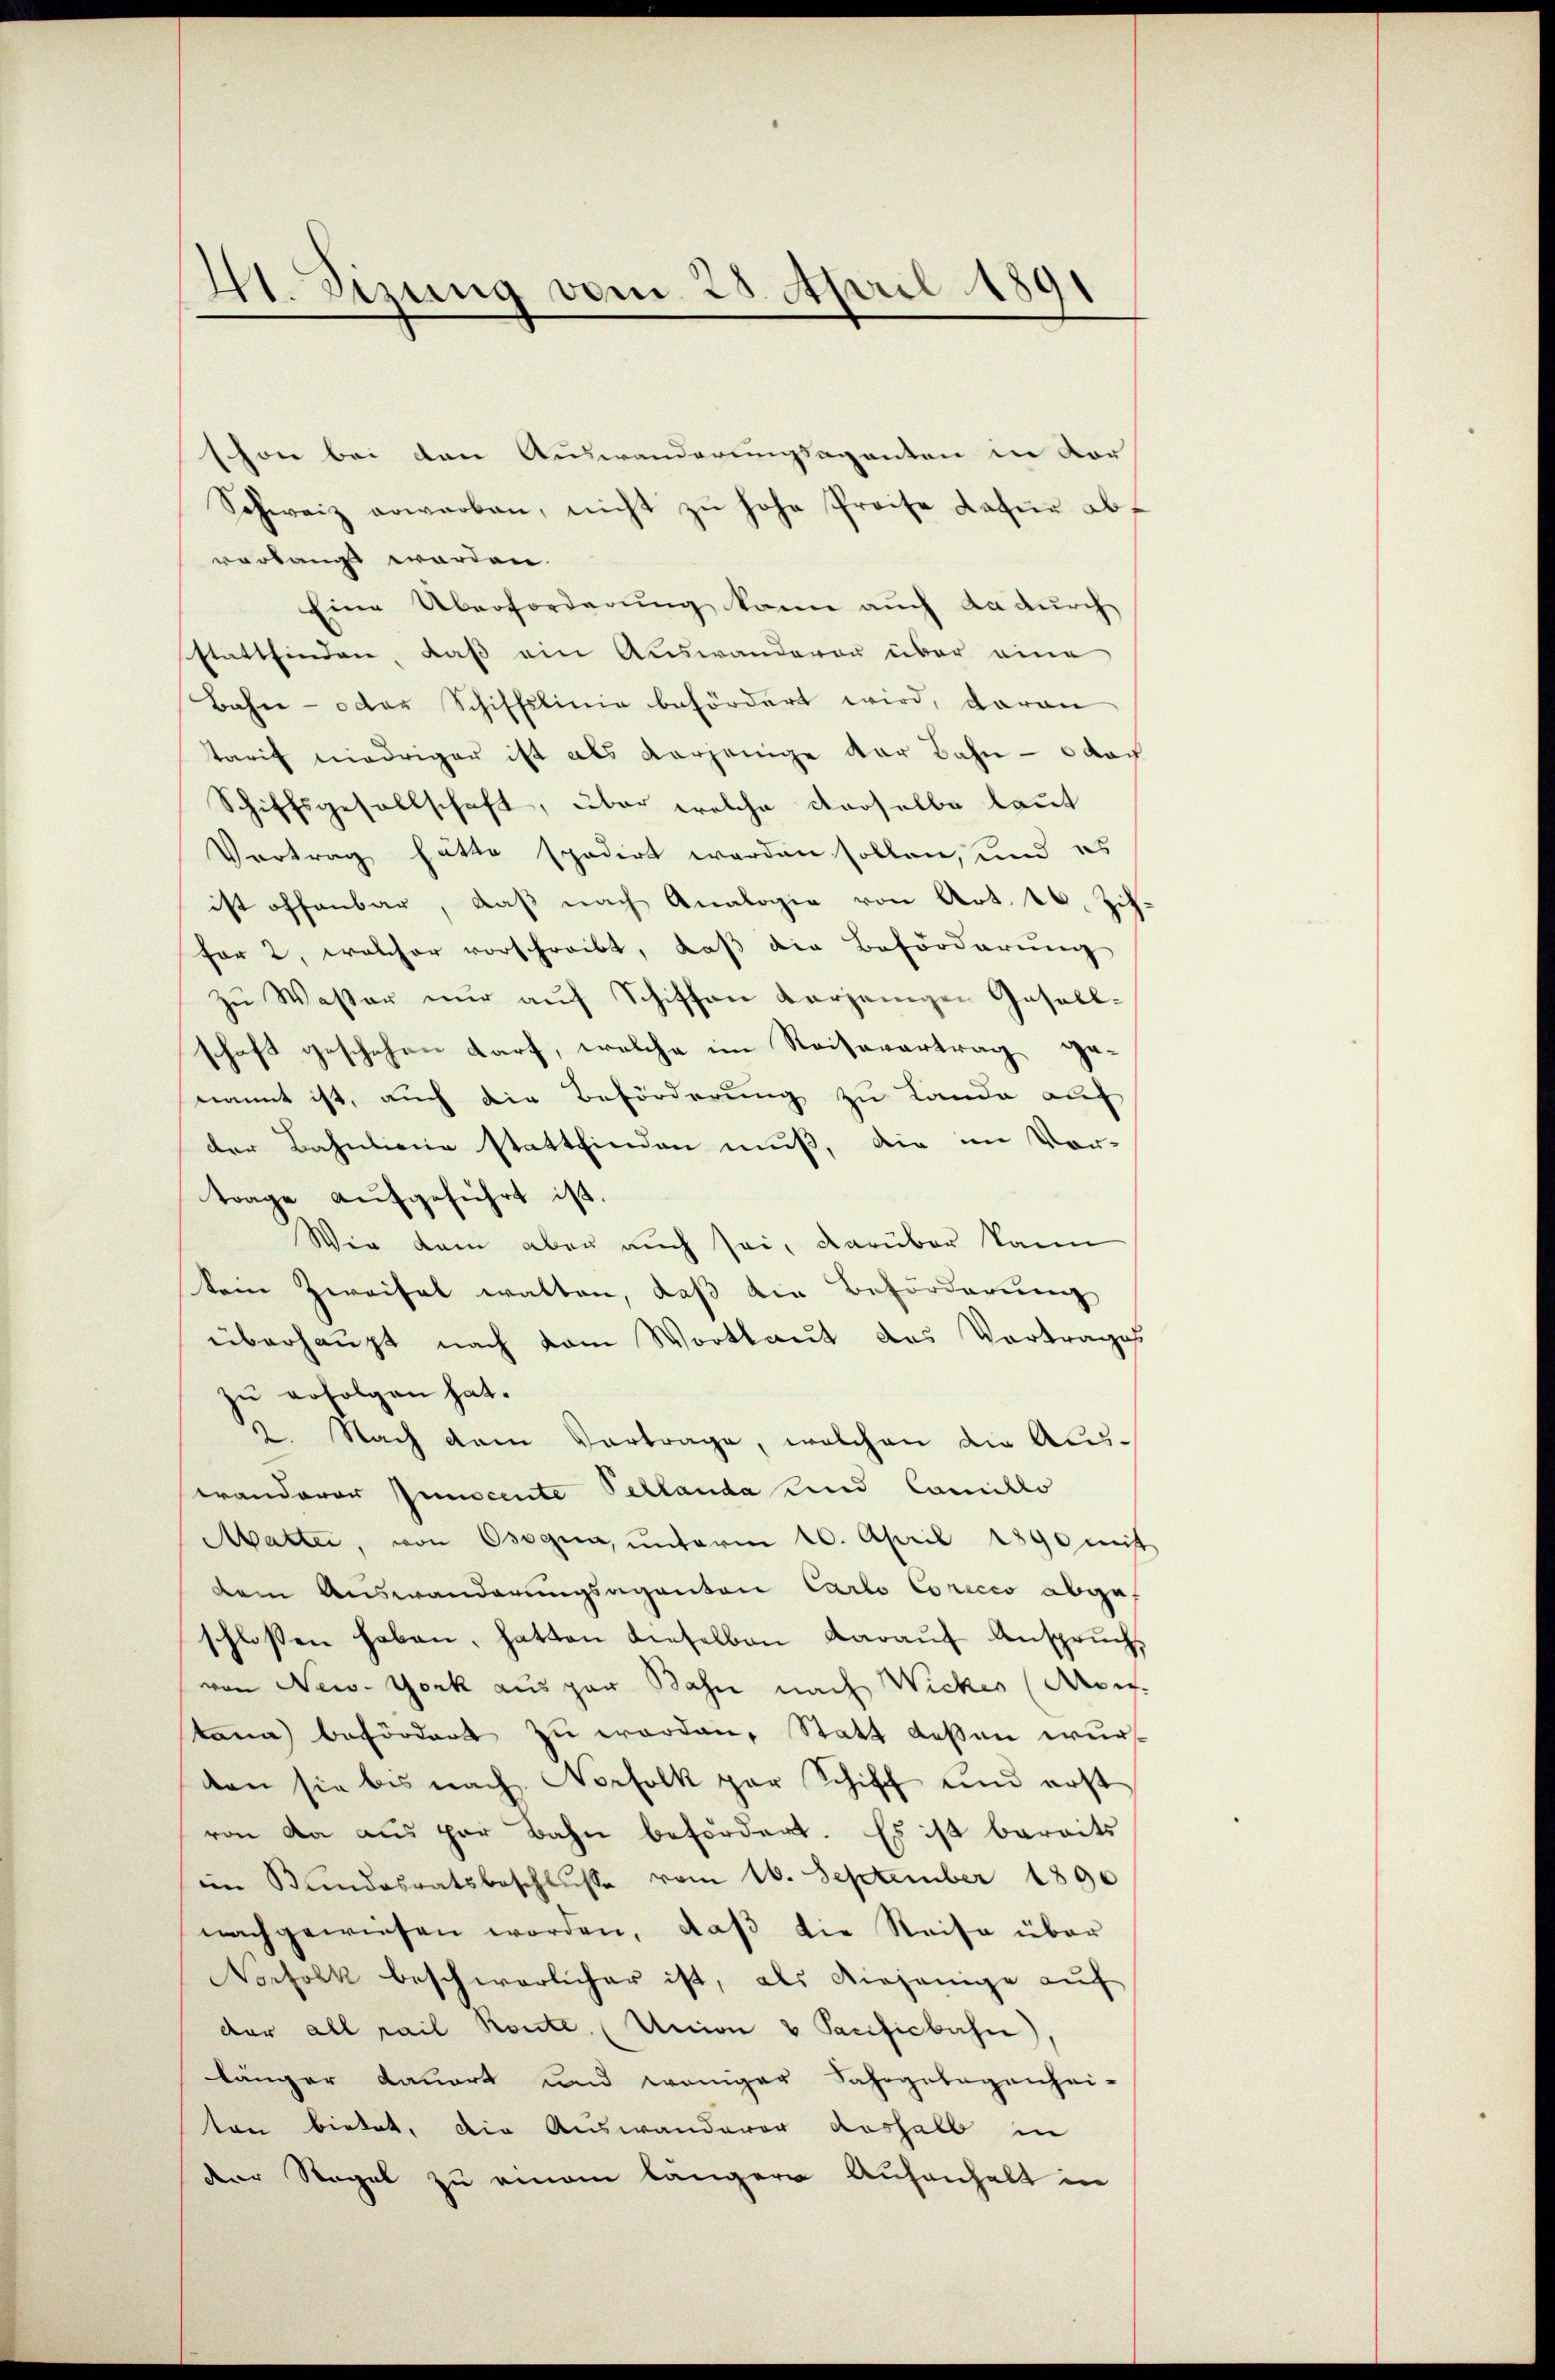
H.Sizung vom 25. April 1891

schon bei den Auswanderungsaganten in dor
Schweiz erwarben, nicht zŭ hohe Preise dafür abf
verlangt worden.
Eine Überforderung kann auch dadurch
stattfinden, daß ein Auswanderer über eine
Bahn- oder Schiffslinie befördert wird, daran
tarif niedrigen ist als vorjenige der Bahn - dar
Schiffsgesellschaft, über welche derselbe laut
Vertrag hätte spedirt worden sollen, und es
ist offenbar, daß nach Analogie von Art. 16. Zihfor 2, welcher vorschreibt, daß die Beförderung
zu Waster nur auf Schiffen verjenigen Gesellschaft geschehen darf, welche im Reisevertrag genannt ist, auch die Beförderung zu Lande auf
der Bahnlinie stattfinden muß, die im Vor-
trage aufgeführt ist.
Wir kam aber auch sei, darüber kann
kein Zweifel walten, daß die Beförderung
überhaupt nach dem Wortlaut des Vortrages
zu erfolgen hat.
2. Nach dem Vortrage, welchen die Auseanderer Junocente Pellanda und Camillo
Matter, von Osogna, ŭnterm 10. April 1890 mit
dem Auswanderungsaganten Carlo Coricio abge
schlossen haben, hatten dieselben darauf Anspruch,
von New-York aus par Bahn nach Wicker (Mon
tana befördert zu worden, Statt deßen wurden sie bis nach Norfolk par Schiff und erst
von da aus par Bahn befördert. Es ist bereits
im Bundesratsbeschluße vom 16. September 1890
nachgewiesen worden, daβ die Reise über
Norfolk beschwerlicher ist, als diejenige auf
der all pail Konte. (Union v Pacificbahn),
länger dauert und weniger Fahrgelegenhei-
ten bietet, die Auswanderer deshalb in
dere Regel zu einem längere Aufanhalt in